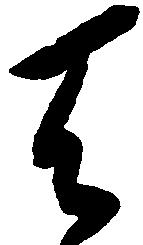
天